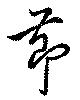
節